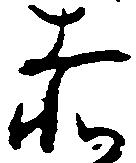
赤